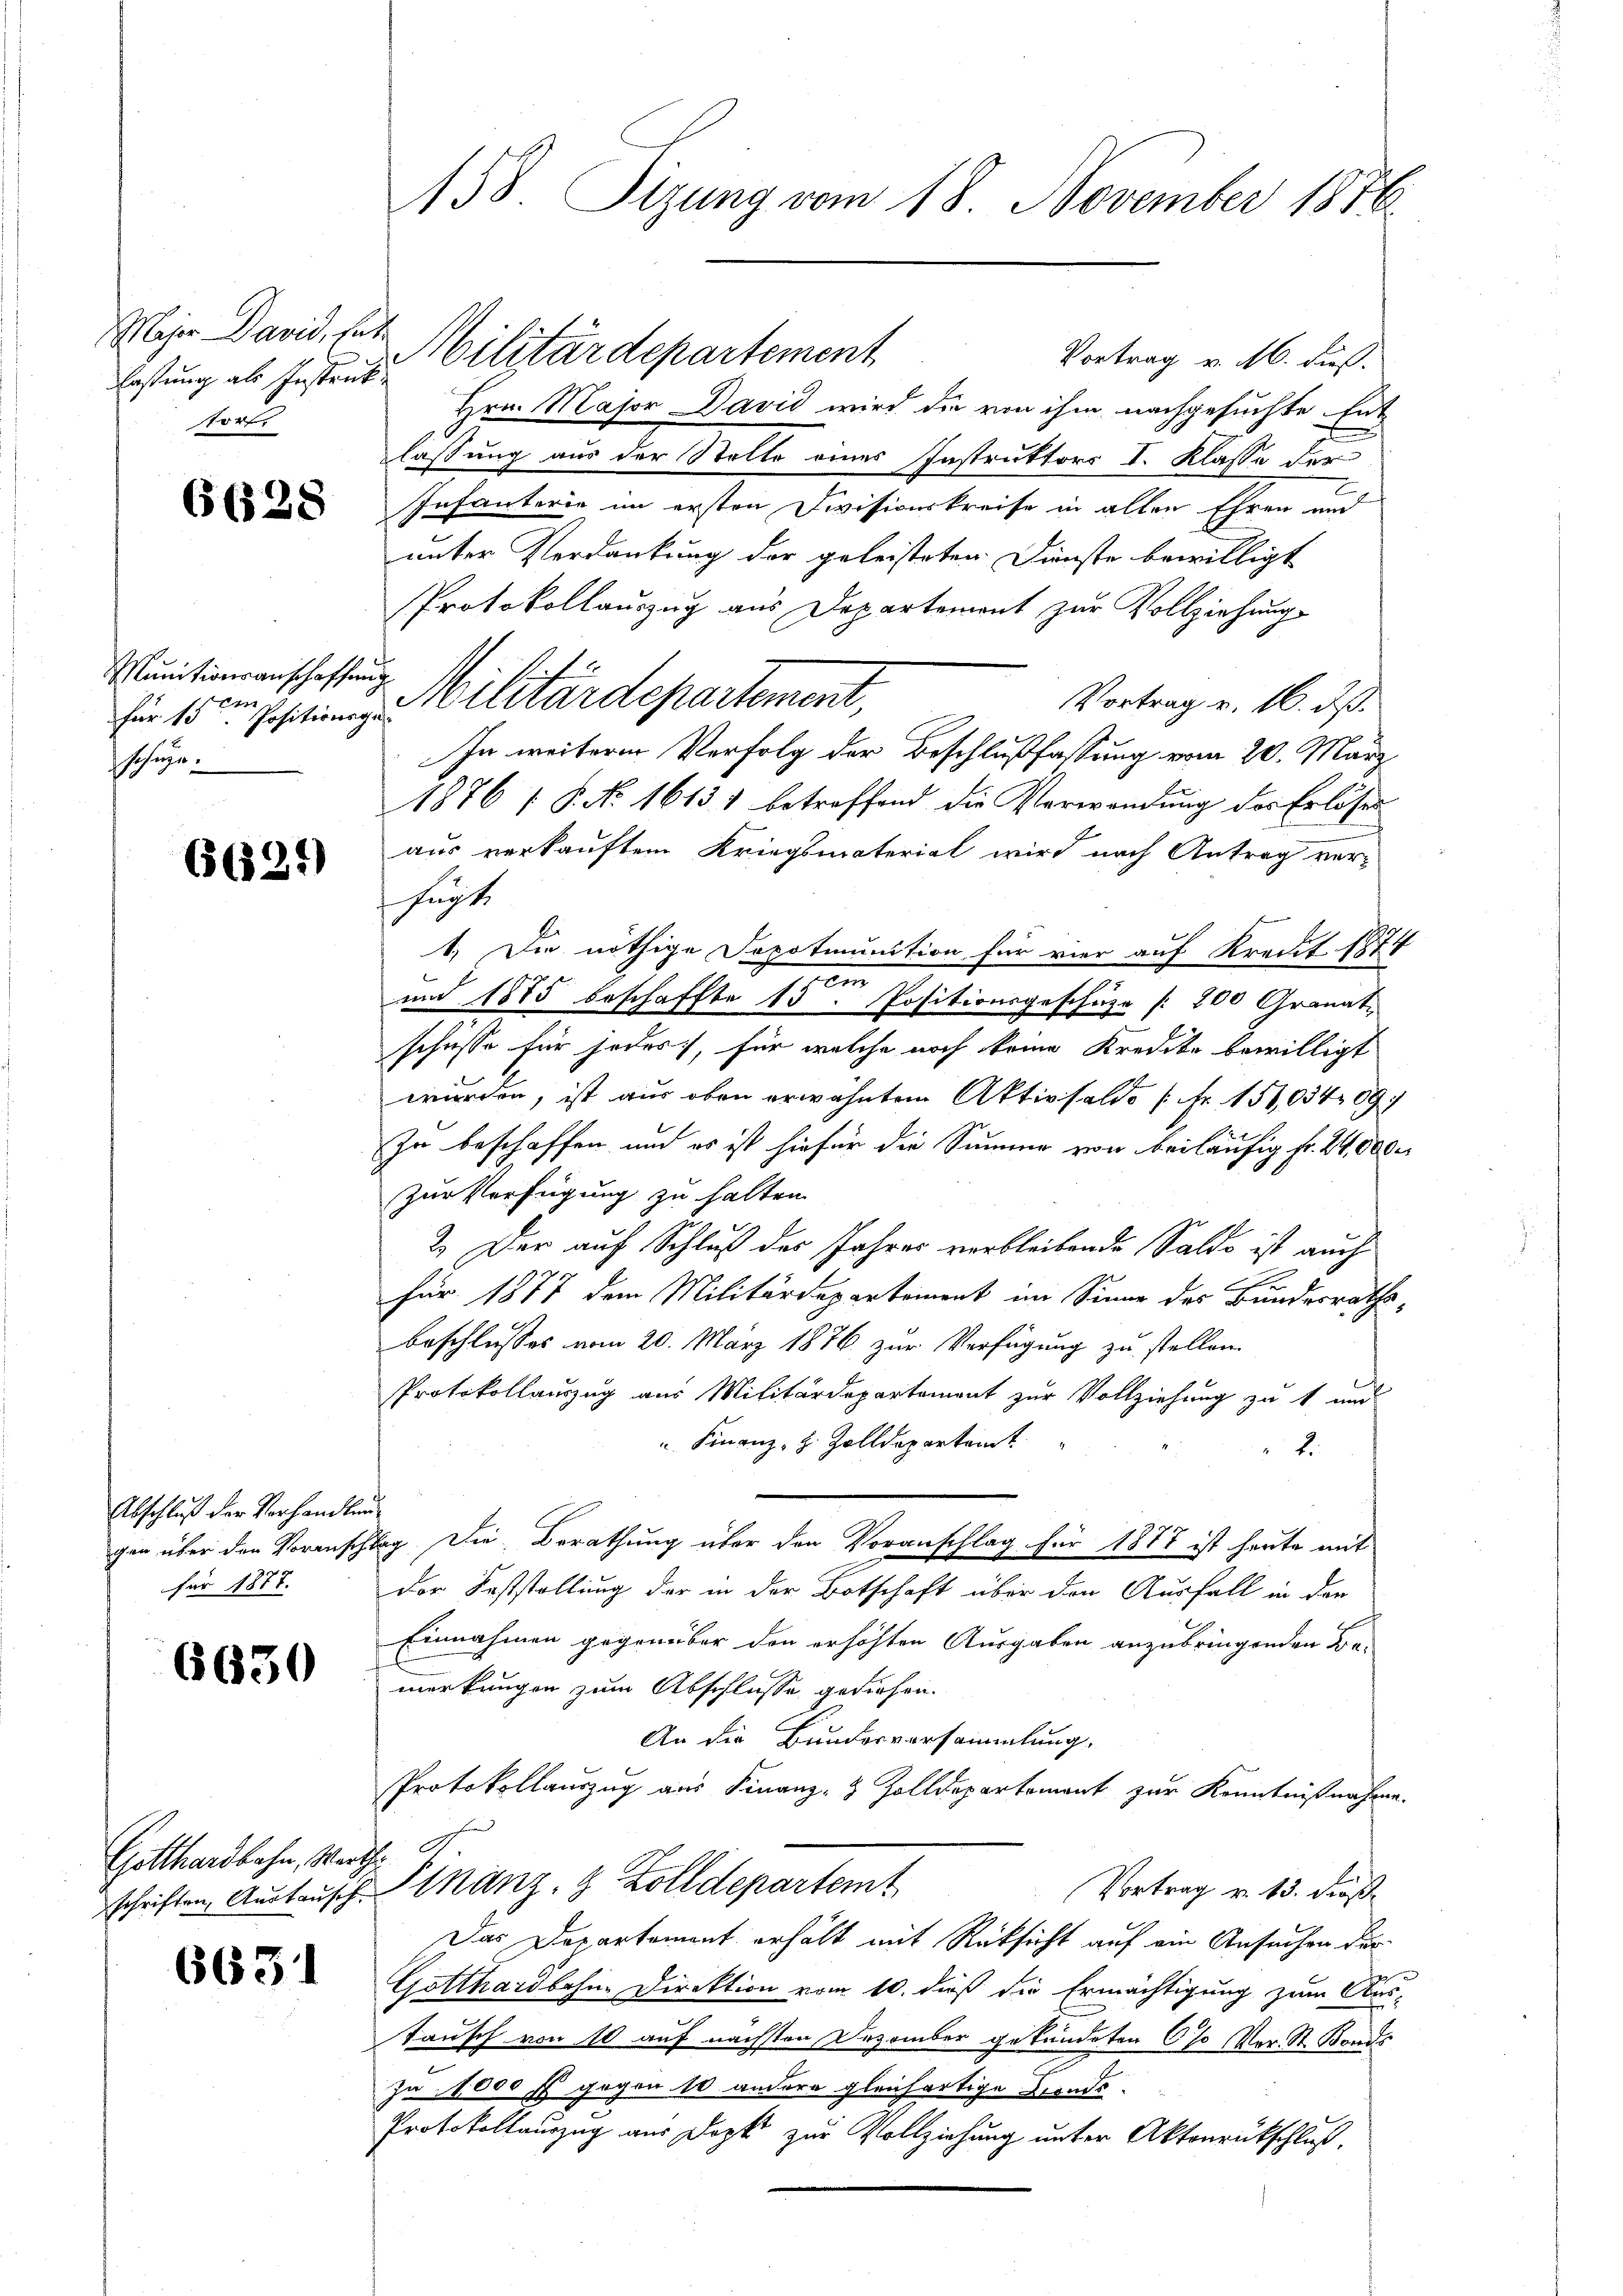
Meser David, das
lastung als Instruk
Strafe

6(128

Munitionsanschaffen
44
schüze.

6621)

Abschluß der Vorhandlun
gen über den Voransch
für 1877.

6650

Gotthardbahn, Marth

6631

158 Sizung vom 18. November 1876.

Militärdepartement
Vortrag v. M. dieß.
Hrn. Major David wird die von ihm nachgesuchte Entlassung aus der Stelle eines Instruktors I. Klasse der
Infanterie im ersten Divisionskreise in allen Ehren und
unter Verdankung der geleisteten Dienste bewilligt
Protokollauszug aus Departement zur Vollziehung
i
Vortrag v. 16. ds.
In weiteren Verfolg der Beschlußfassung vom 20. März
1876 [ P. No 16131 betreffend die Verwendung des Erlöses
aus verkauftem Kriegsmaterial wird nach Antrag ver-
schüchte
1. Die nöthige Dopotmunition für vier auf Kredit 1874
s
und 1885 beschaffte 15. Positionsgeschäze / 200 Granat-
schüsse für sodas, für welche noch keine Kredite bewilligt
wurden, ist aus oben erwähnten Aktivsaldo [Fr. 151,03409.
In beschaffen und es ist hiefür die Summe von beiläufig fr. 24,000
zur Verfügung zu halten.
2.) Der auf Schluß des Jahres verbleibende Saldo ist auch
3
für 1877 dem Militärdepartement im Sinne des Bundesraths-
beschlusses vom 20. März 1876 zur Verfügung zu stellen.
Protokollauszug aus Militärdepartement zur Vollziehung zu 1 und
" Finanz, z. Zolldepartamt
2.
u
Tag. Die Berathung über den Voranschlag für 1878 ist heute mit
der Feststellung der in der Botschaft über den Ausfall in der
Einnahmen gegenüber den erhöhten Ausgaben anzubringenden Be-
merkungen zum Abschlusse gediehen.
An die Bundesvorsammlung.
Protokollauszug aus Finanz- & Zolldepartement zur Kenntnißnahme.
Vortrag v. 15. Fröß
schriften. Austausch. Stanz, 9 Zolldepartem
Das Departement erhält mit Rücksicht auf ein Ansuchen der
Gotthardbahne Direktion vom 10. dieß die Ermächtigung zum Aus-
tausch von 10 auf nächsten Dezember gekündeten so vor. St. Bonds
Ja 1000 fl gegen 10 andere gleichartige Fonds.
Protokollauszug aus Dopts zur Vollziehung unter Aktenrückschluß.

für 15. Ettinge Militärdepartement,